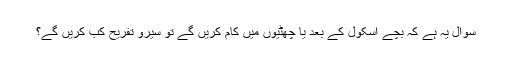
سوال یہ ہے کہ بچے اسکول کے بعد یا چھٹیوں میں کام کریں گے تو سیرو تفریح کب کریں گے؟